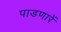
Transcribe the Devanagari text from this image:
पाडणारें